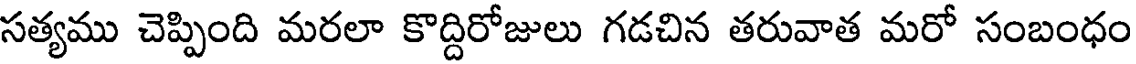
సత్యము చెప్పింది మరలా కొద్దిరోజులు గడచిన తరువాత మరో సంబంధం